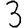
Digit: 3